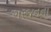
ગરજનના